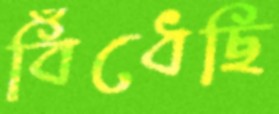
বিঁধেছি